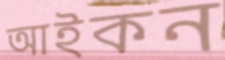
আইকন